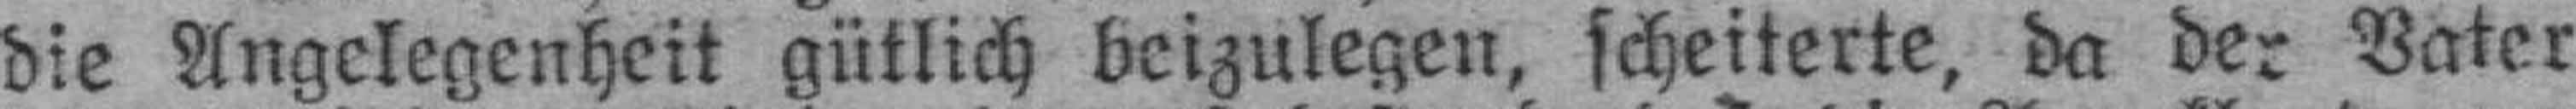
die Angelegenheit gütlich beizulegen, scheiterte, da der Vater